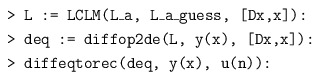
\begin{align*} &\texttt{> L := LCLM(L\_a, L\_a\_guess, [Dx,x]):}\\ &\texttt{> deq := diffop2de(L, y(x), [Dx,x]):}\\ &\texttt{> diffeqtorec(deq, y(x), u(n)):}\end{align*}